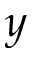
y